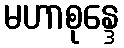
မဟာစုန္ဒေ